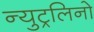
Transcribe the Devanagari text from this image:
न्युट्रलिनो